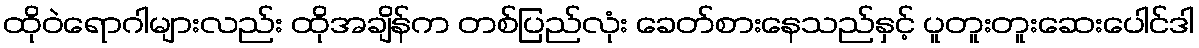
ထိုဝဲရောဂါများလည်း ထိုအချိန်က တစ်ပြည်လုံး ခေတ်စားနေသည်နှင့် ပူတူးတူးဆေးပေါင်ဒါ